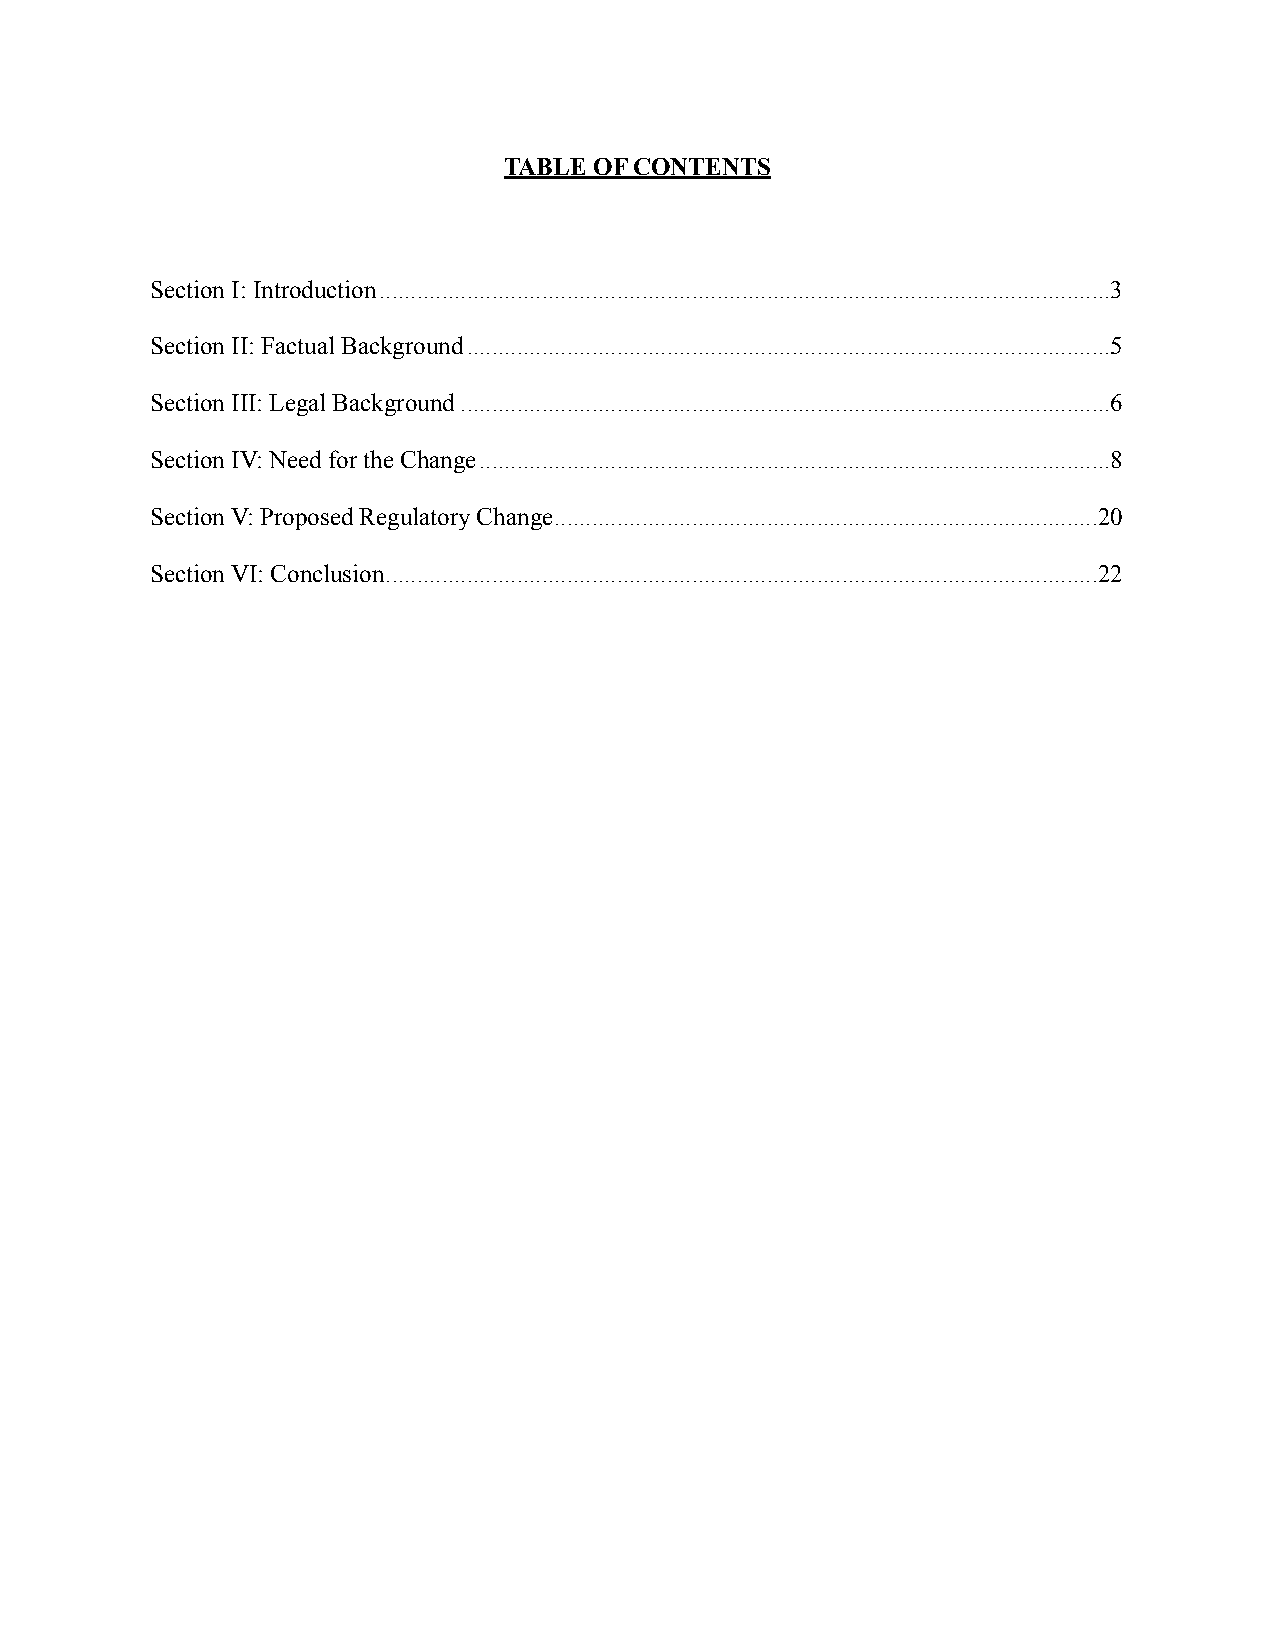
TABLE OF CONTENTS
 Section I: Introduction .....................................................................................................................3
 Section II: Factual Background .......................................................................................................5
 Section III: Legal Background ........................................................................................................6
 Section IV: Need for the Change .....................................................................................................8
 Section V: Proposed Regulatory Change .......................................................................................20
 Section VI: Conclusion ..................................................................................................................22